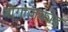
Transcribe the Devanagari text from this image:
बोगाज़कोइ